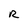
Character: R